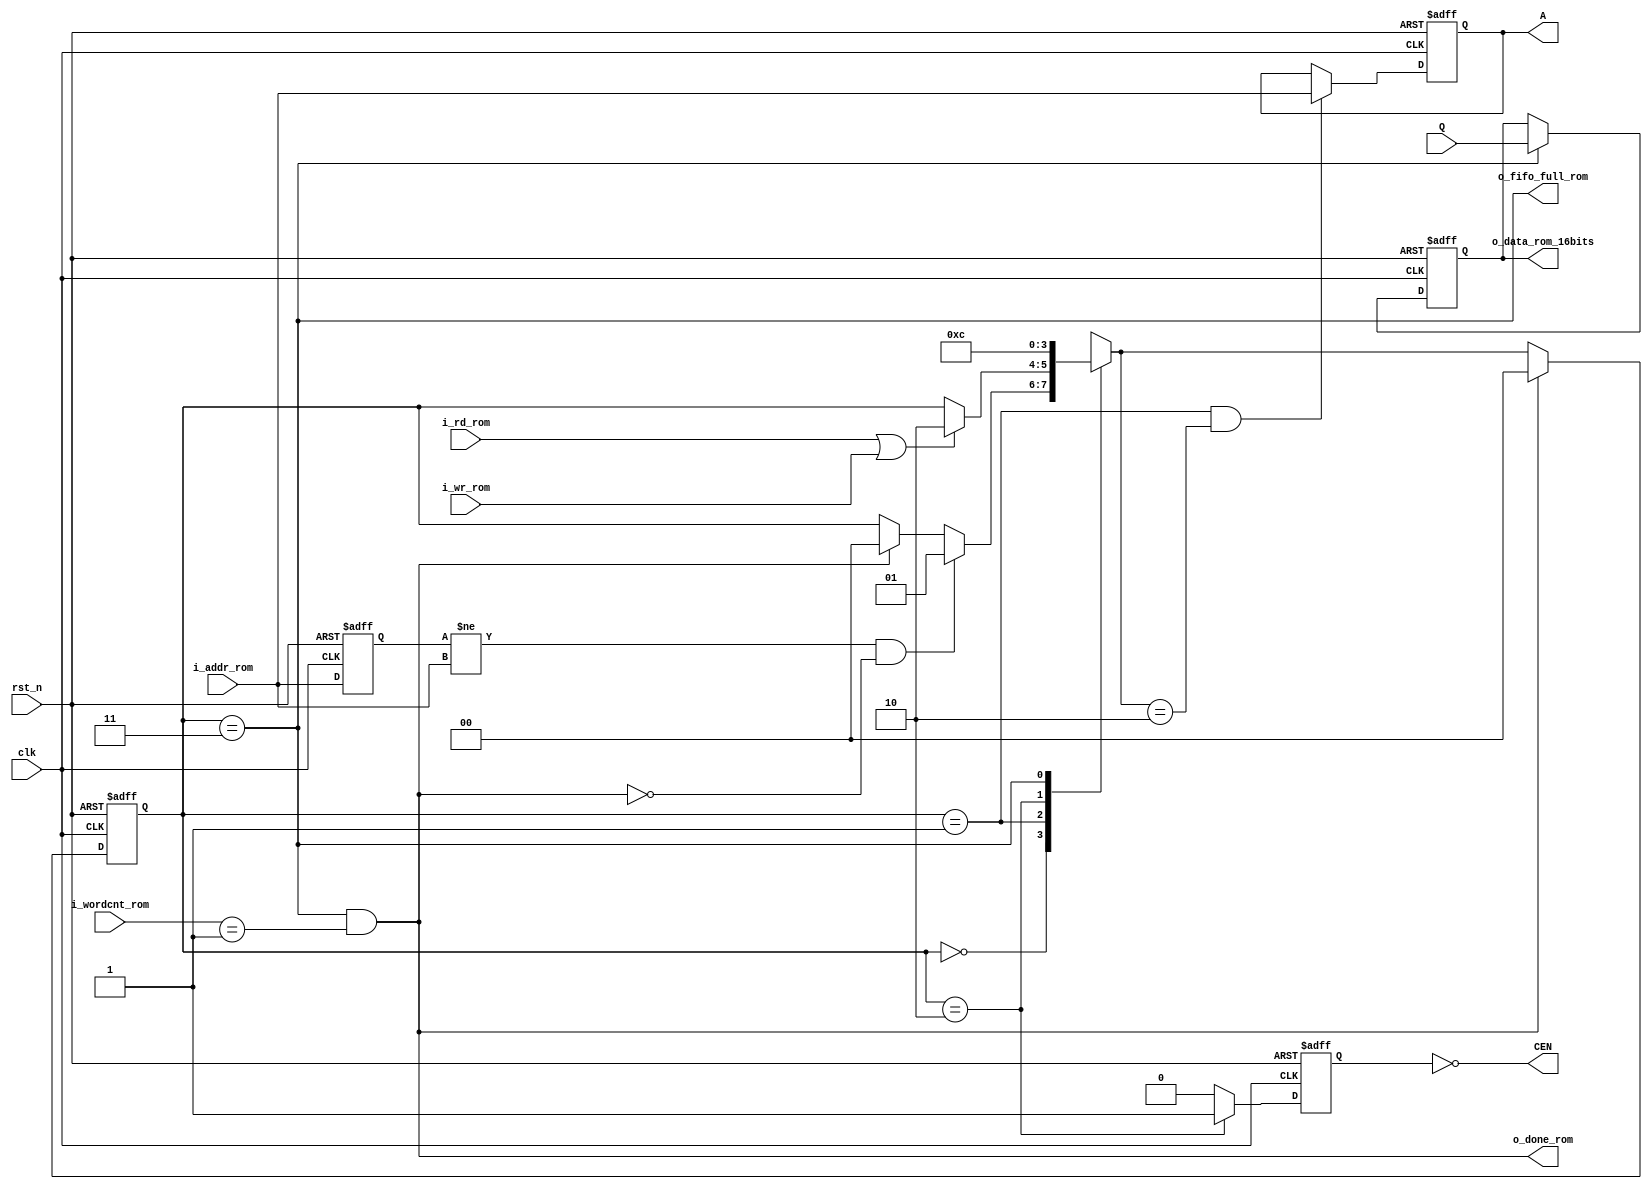
`timescale 1ns/100ps
module rominterface (
	input			clk		,
	input			rst_n	,
	input			i_rd_rom		,
	input			i_wr_rom		,
	input	[6:0]	i_addr_rom		,
	input	[7:0]	i_wordcnt_rom	,
	input	[15:0]	Q		,
		
	output				o_fifo_full_rom	,	
	output				o_done_rom	,	
	output				CEN	,
	output	reg [6:0]	A	,
	output	reg [15:0]	o_data_rom_16bits	
	);


parameter
	Idle =2'd0 , Addr =2'd1 , Cen =2'd2 , Finish =2'd3 ;
//	CEN2nd =4 , Store =5, Finish = 6;
	
//----------------------to ROM ---------------//
wire			new_round;
reg				CEN_d ;
reg		[6:0]	addr_buf	;
//-------------------------------------------//

reg	[1:0]	next, state ;

always @ (posedge clk or negedge rst_n)
begin
	if(~rst_n)
	state <= Idle 	;
	else if (o_done_rom)
	state <= Idle	;
	else 
	state <= next	;
end

always @ (posedge clk or negedge rst_n)
	begin
	if (!rst_n)
		addr_buf <= 7'b0;
	else 
		addr_buf <= i_addr_rom;
	end

assign new_round = (addr_buf != i_addr_rom) ;		
//------------------------------------------------//

assign	o_done_rom = (state == Finish && i_wordcnt_rom == 8'b1)	;
assign	o_fifo_full_rom = (state == Finish)	;

//------------------------------------------------//
always @ (posedge clk or negedge rst_n)
begin
	if(~rst_n)
		A <= 7'b0 	;
	else if (state==Addr && next ==Cen)
		A <= i_addr_rom	;
	else 
		A <= A	;
end
//------------------------------------------------//

always @ (negedge clk or negedge rst_n)
begin
	if (~rst_n)
		CEN_d <= 1'b0 ;
	else if (state==Cen)
		CEN_d <= 1'b1 ;
	else
		CEN_d <= 1'b0 ;
end

assign CEN = !CEN_d ;
//------------------------------------------------//

always @ (negedge clk or negedge rst_n)
begin
	if (~rst_n)
		o_data_rom_16bits <= 16'b0 ;
	else if (state==Finish)
		o_data_rom_16bits <= Q ;
	else;
	
end
//------------------------------------------------//
always @ (*)
 begin
	next <= state ;
	case (state)
	Idle: if(new_round && ~o_done_rom) 
		  next<=Addr;
		  else if(o_done_rom)
		  next<=Idle ;
		  else 
		  next<=state ;
	Addr: if (i_rd_rom||i_wr_rom) 
			next<=Cen ;
		  else 
			next<=state;
	Cen:  next<=Finish ;
	Finish:  next<=Idle ;
	default: next<=Idle ;	
	endcase
end
	
	//------------------------------------------------//
	
 
 endmodule